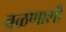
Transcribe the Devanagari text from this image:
वळणाशी